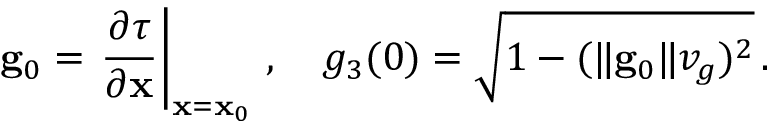
{ \bf g } _ { 0 } = \left. \frac { \partial \tau } { \partial { \bf x } } \right| _ { { \bf x } = { \bf x } _ { 0 } } \, , \quad g _ { 3 } ( 0 ) = \sqrt { 1 - ( \| { \bf g } _ { 0 } \| v _ { g } ) ^ { 2 } } \, .